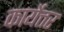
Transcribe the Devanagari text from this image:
कार्येत्तर